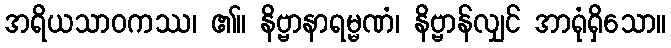
အရိယသာဝကဿ၊ ၏။ နိဗ္ဗာနာရမ္မဏံ၊ နိဗ္ဗာန်လျှင် အာရုံရှိသော။